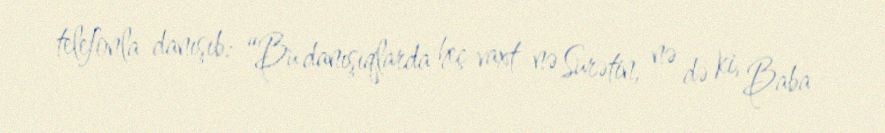
telefonla danışıb: “Bu danışıqlarda heç vaxt nə Surətin, nə də ki, Baba